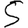
Digit: 5